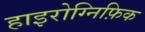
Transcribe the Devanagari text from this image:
हाइरोग्निफ़िक